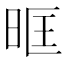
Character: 𭥰